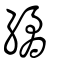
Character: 繘